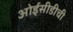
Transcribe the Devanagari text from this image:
ओईसीडीची